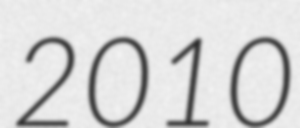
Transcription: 2010